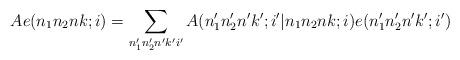
LaTeX: \begin{align*}Ae(n_1n_2nk;i)=\sum_{n_1'n_2'n'k'i'}A(n_1'n_2'n'k';i'|n_1n_2nk;i)e(n_1'n_2'n'k';i')\end{align*}